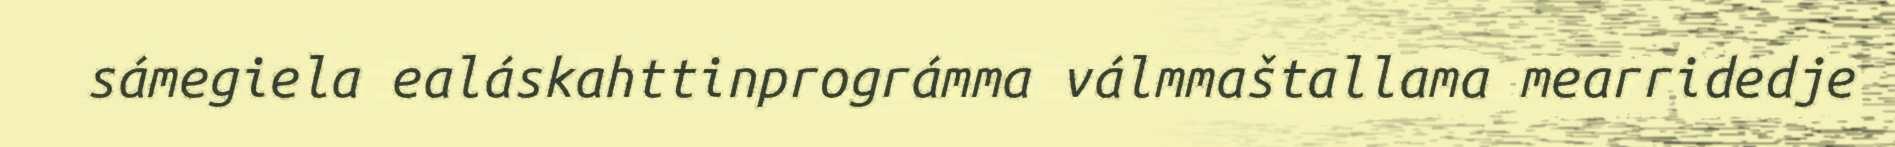
sámegiela ealáskahttinprográmma válmmaštallama mearridedje